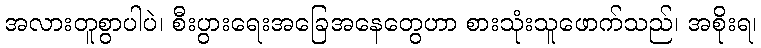
အလားတူစွာပါပဲ၊ စီးပွားရေးအခြေအနေတွေဟာ စားသုံးသူဖောက်သည်၊ အစိုးရ၊